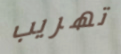
تهريب